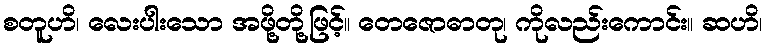
စတူဟိ၊ လေးပါးသော အဖို့တို့ဖြင့်။ တေဇောဓာတု၊ ကိုလည်းကောင်း။ ဆဟိ၊